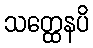
သတ္ထေနပိ